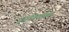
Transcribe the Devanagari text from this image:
पुननिर्माण